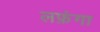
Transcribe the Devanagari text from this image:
लफ़ंगा